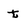
Character: t